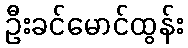
ဦးခင်မောင်ထွန်း